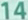
14